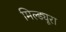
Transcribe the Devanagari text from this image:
मिल्ड्यूरा